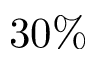
3 0 \%